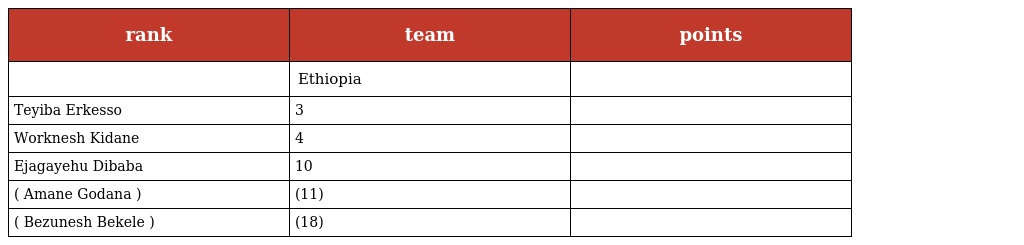
| rank | team | points |
 | --- | --- | --- |
 |  | Ethiopia |  |
 | Teyiba Erkesso | 3 |  |
 | Worknesh Kidane | 4 |  |
 | Ejagayehu Dibaba | 10 |  |
 | ( Amane Godana ) | (11) |  |
 | ( Bezunesh Bekele ) | (18) |  |